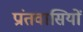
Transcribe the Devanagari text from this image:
प्रांतवासियों